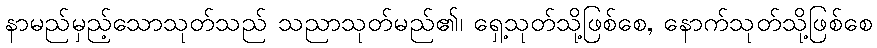
နာမည်မှည့်သောသုတ်သည် သညာသုတ်မည်၏၊ ရှေ့သုတ်သို့ဖြစ်စေ, နောက်သုတ်သို့ဖြစ်စေ